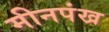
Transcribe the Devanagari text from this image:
मीनपंख